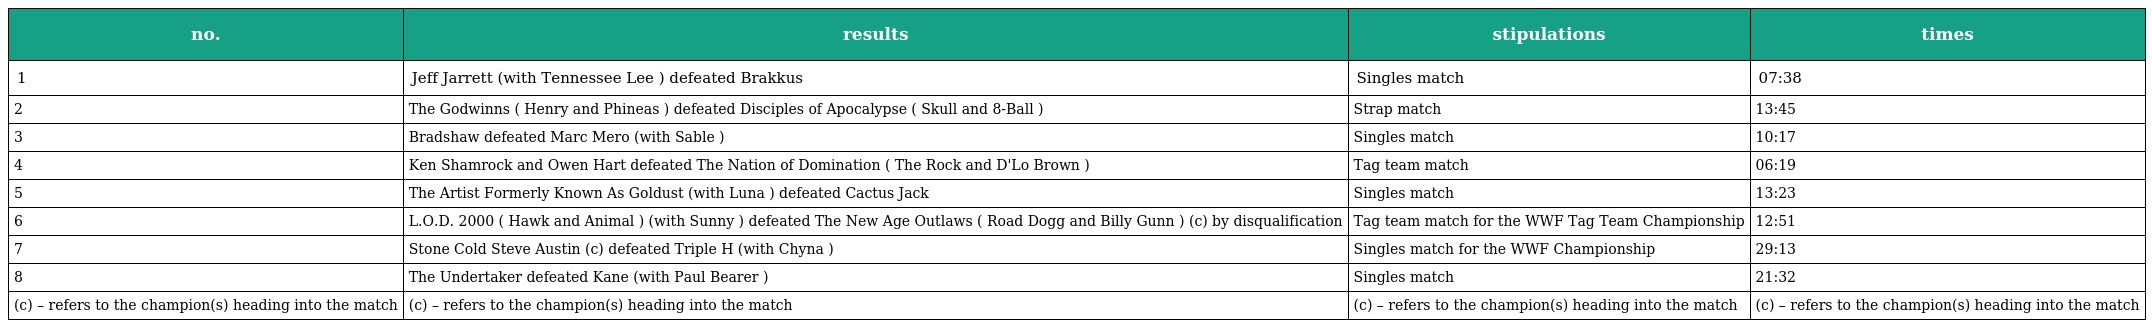
| no. | results | stipulations | times |
 | --- | --- | --- | --- |
 | 1 | Jeff Jarrett (with Tennessee Lee ) defeated Brakkus | Singles match | 07:38 |
 | 2 | The Godwinns ( Henry and Phineas ) defeated Disciples of Apocalypse ( Skull and 8-Ball ) | Strap match | 13:45 |
 | 3 | Bradshaw defeated Marc Mero (with Sable ) | Singles match | 10:17 |
 | 4 | Ken Shamrock and Owen Hart defeated The Nation of Domination ( The Rock and D'Lo Brown ) | Tag team match | 06:19 |
 | 5 | The Artist Formerly Known As Goldust (with Luna ) defeated Cactus Jack | Singles match | 13:23 |
 | 6 | L.O.D. 2000 ( Hawk and Animal ) (with Sunny ) defeated The New Age Outlaws ( Road Dogg and Billy Gunn ) (c) by disqualification | Tag team match for the WWF Tag Team Championship | 12:51 |
 | 7 | Stone Cold Steve Austin (c) defeated Triple H (with Chyna ) | Singles match for the WWF Championship | 29:13 |
 | 8 | The Undertaker defeated Kane (with Paul Bearer ) | Singles match | 21:32 |
 | (c) – refers to the champion(s) heading into the match | (c) – refers to the champion(s) heading into the match | (c) – refers to the champion(s) heading into the match | (c) – refers to the champion(s) heading into the match |